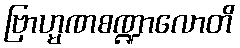
ဗြာဟ္မဏစဏ္ဍာလောတိ